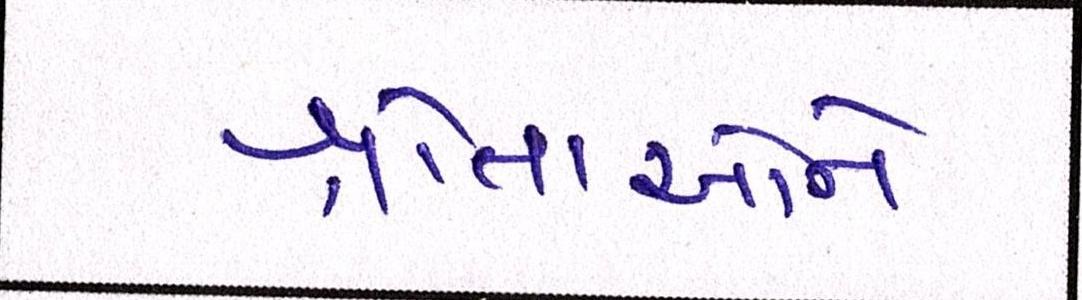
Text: શ્રોતાઓને